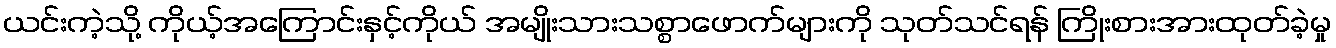
ယင်းကဲ့သို့ ကိုယ့်အကြောင်းနှင့်ကိုယ် အမျိုးသားသစ္စာဖောက်များကို သုတ်သင်ရန် ကြိုးစားအားထုတ်ခဲ့မှု